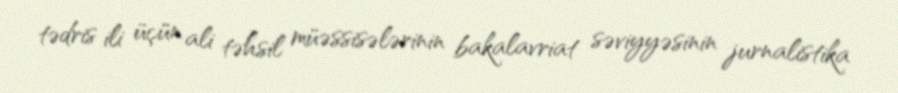
tədris ili üçün ali təhsil müəssisələrinin bakalavriat səviyyəsinin jurnalistika